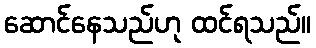
ဆောင်နေသည်ဟု ထင်ရသည်။